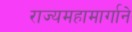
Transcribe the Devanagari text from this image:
राज्यमहामार्गाने